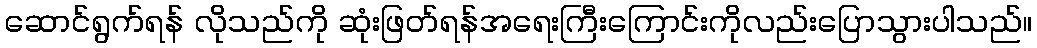
ဆောင်ရွက်ရန် လိုသည်ကို ဆုံးဖြတ်ရန်အရေးကြီးကြောင်းကိုလည်းပြောသွားပါသည်။